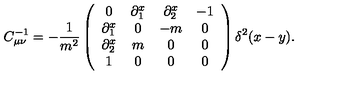
C _ { \mu \nu } ^ { - 1 } = - \frac { 1 } { m ^ { 2 } } \left( \begin{array} { c c c c } { 0 } & { \partial _ { 1 } ^ { x } } & { \partial _ { 2 } ^ { x } } & { - 1 } \\ { \partial _ { 1 } ^ { x } } & { 0 } & { - m } & { 0 } \\ { \partial _ { 2 } ^ { x } } & { m } & { 0 } & { 0 } \\ { 1 } & { 0 } & { 0 } & { 0 } \\ \end{array} \right) \delta ^ { 2 } ( x - y ) .